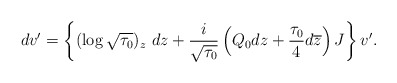
\begin{align*}dv'=\left\{(\log\sqrt{\tau_0})_z\ dz+\frac{i}{\sqrt{\tau_0}}\left(Q_0dz+\frac{\tau_0}{4}d\overline{z}\right)J\right\} v'.\end{align*}